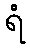
ရံ